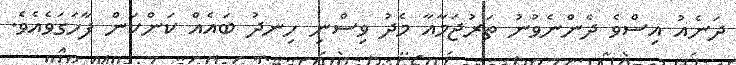
ދަނެއު އިސްވެ ދެންނެވުނު ތަރުޖަމާއާ މެދު ވިސްނި ހިނދު ބައެއް ކަންކަން ފާހަގަވެއެވެ.